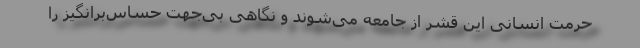
حرمت انسانی این قشر از جامعه می‌شوند و نگاهی بی‌جهت حساس‌برانگیز را